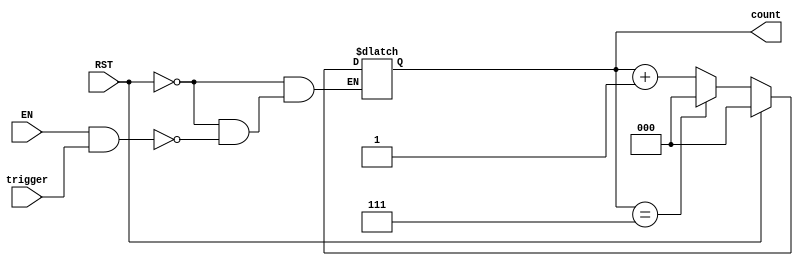
module mod_n_counter (
    input wire EN,              // Enable signal
    input wire RST,             // Reset signal
    input wire trigger,         // Input trigger signal
    output reg [2:0] count      // 3-bit output count
);

// Asynchronous reset logic
always @(*) begin
    if (RST) begin
        count = 3'b000;         // Reset count to 0
    end else if (EN && trigger) begin
        if (count == 3'b111)   // Check if count equals 7 (N-1 for Mod-8)
            count = 3'b000;     // Wrap around to 0
        else
            count = count + 1;  // Increment the counter
    end
end

endmodule